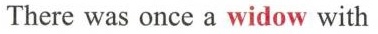
There was once a widow with